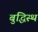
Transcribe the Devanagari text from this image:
बुद्धिस्थ